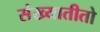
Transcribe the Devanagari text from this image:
संख्यातीतो